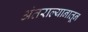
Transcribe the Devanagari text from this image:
अंतराल्यानातून